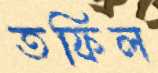
তফিল